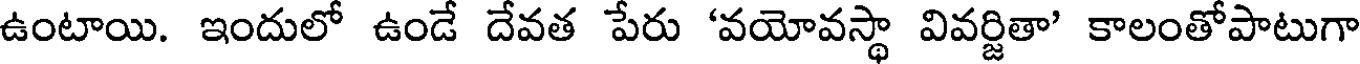
ఉంటాయి. ఇందులో ఉండే దేవత పేరు 'వయోవస్థా వివర్జితా' కాలంతోపాటుగా